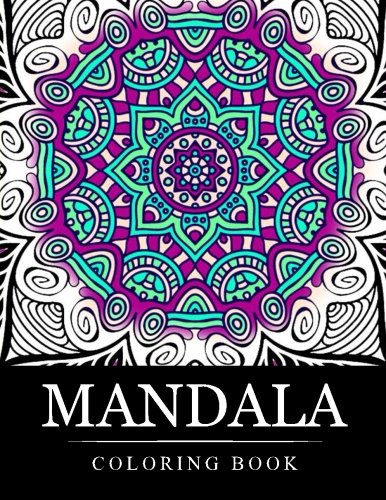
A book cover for Mandala Coloring Book: Stress Relieving Patterns : Coloring Books For Adults, coloring books for adults relaxation, Meditation Coloring Book for adult (Volume 8); Mandala Coloring Book; Humor & Entertainment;